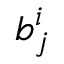
b _ { j } ^ { i }